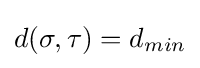
d(\sigma ,\tau )=d_{min}